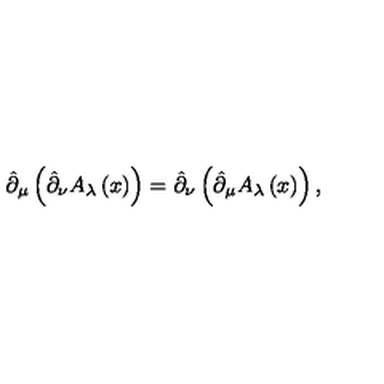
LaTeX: \hat { \partial } _ { \mu } \left( \hat { \partial } _ { \nu } A _ { \lambda } \left( x \right) \right) = \hat { \partial } _ { \nu } \left( \hat { \partial } _ { \mu } A _ { \lambda } \left( x \right) \right) ,